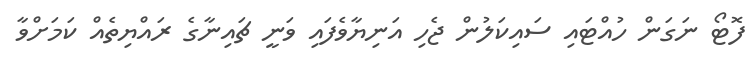
ފޮޓޯ ނަގަން ހުއްޓައި ސައިކަލުން ޖެހި އަނިޔާވެފައި ވަނީ ޗައިނާގެ ރައްޔިތެއް ކަމަށްވާ